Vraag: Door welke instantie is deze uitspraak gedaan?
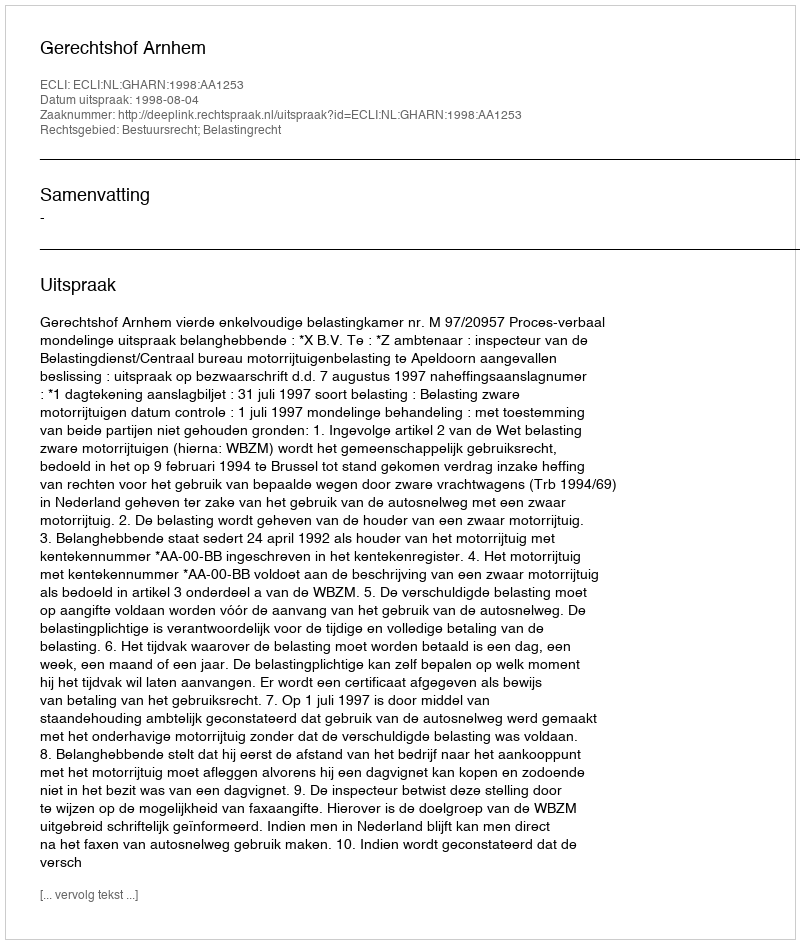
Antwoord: Gerechtshof Arnhem